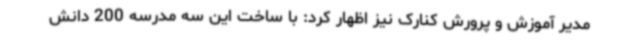
مدیر آموزش و پرورش کنارک نیز اظهار کرد: با ساخت این سه مدرسه 200 دانش